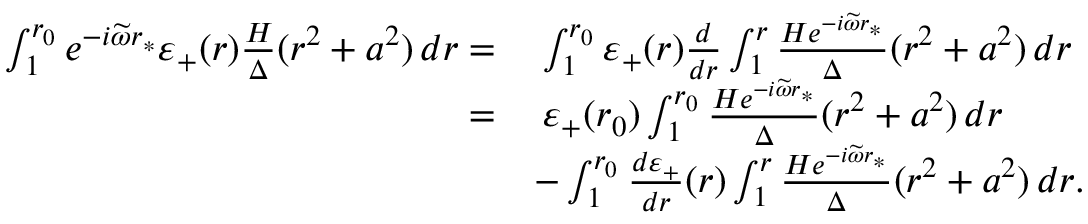
\begin{array} { r l } { \int _ { 1 } ^ { r _ { 0 } } e ^ { - i \widetilde { \omega } r _ { * } } \varepsilon _ { + } ( r ) \frac { H } { \Delta } ( r ^ { 2 } + a ^ { 2 } ) \, d r = } & { \: \int _ { 1 } ^ { r _ { 0 } } \varepsilon _ { + } ( r ) \frac { d } { d r } \int _ { 1 } ^ { r } \frac { H e ^ { - i \widetilde { \omega } r _ { * } } } { \Delta } ( r ^ { 2 } + a ^ { 2 } ) \, d r } \\ { = } & { \: \varepsilon _ { + } ( r _ { 0 } ) \int _ { 1 } ^ { r _ { 0 } } \frac { H e ^ { - i \widetilde { \omega } r _ { * } } } { \Delta } ( r ^ { 2 } + a ^ { 2 } ) \, d r } \\ & { - \int _ { 1 } ^ { r _ { 0 } } \frac { d \varepsilon _ { + } } { d r } ( r ) \int _ { 1 } ^ { r } \frac { H e ^ { - i \widetilde { \omega } r _ { * } } } { \Delta } ( r ^ { 2 } + a ^ { 2 } ) \, d r . } \end{array}